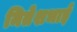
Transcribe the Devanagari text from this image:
मितेशभाई